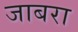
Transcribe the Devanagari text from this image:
जाबरा